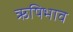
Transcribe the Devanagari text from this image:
ऋषिभाव